Mental hospitals Bombay report 1929-33 - 1929-1933
Year: 1929
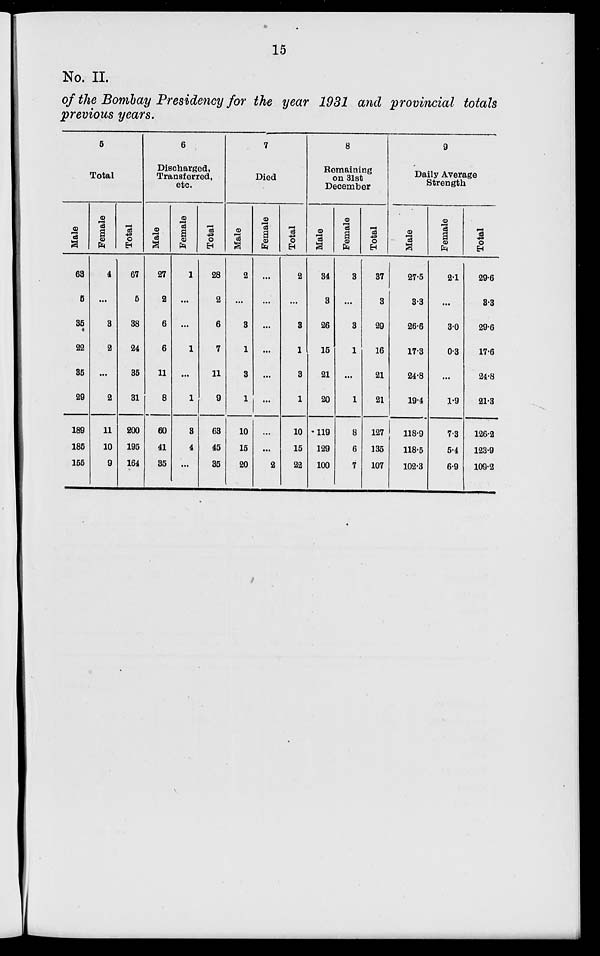
15
No. II.
of the Bombay Presidency for the year 1931 and provincial totals
previous years.
5
Total
Male
63
5
35
22
35
29
189
185
155
Female
4
...
3
2
...
2
11
10
9
Total
67
5
38
24
35
31
200
195
164
6
Discharged,
Transferred,
etc.
Male
27
2
6
6
11
8
60
41
35
Female
1
...
...
1
...
1
3
4
...
Total
28
2
6
7
11
9
63
45
35
7
Died
Male
2
...
3
1
3
1
10
15
20
Female
...
...
...
...
...
...
...
...
2
Total
2
...
3
1
3
1
10
15
22
8
Remaining
on 31st
December
Male
34
3
26
15
21
20
119
129
100
Female
3
...
3
1
...
1
8
6
7
Total
37
3
29
16
21
21
127
135
107
9
Daily Average
Strength
Male
27.5
3.3
26.6
17.3
24.8
19.4
118.9
118.5
102.3
Female
2.1
...
3.0
0.3
...
1.9
7.3
5.4
6.9
Total
29.6
3.3
29.6
17.6
24.8
21.3
126.2
123.9
109.2